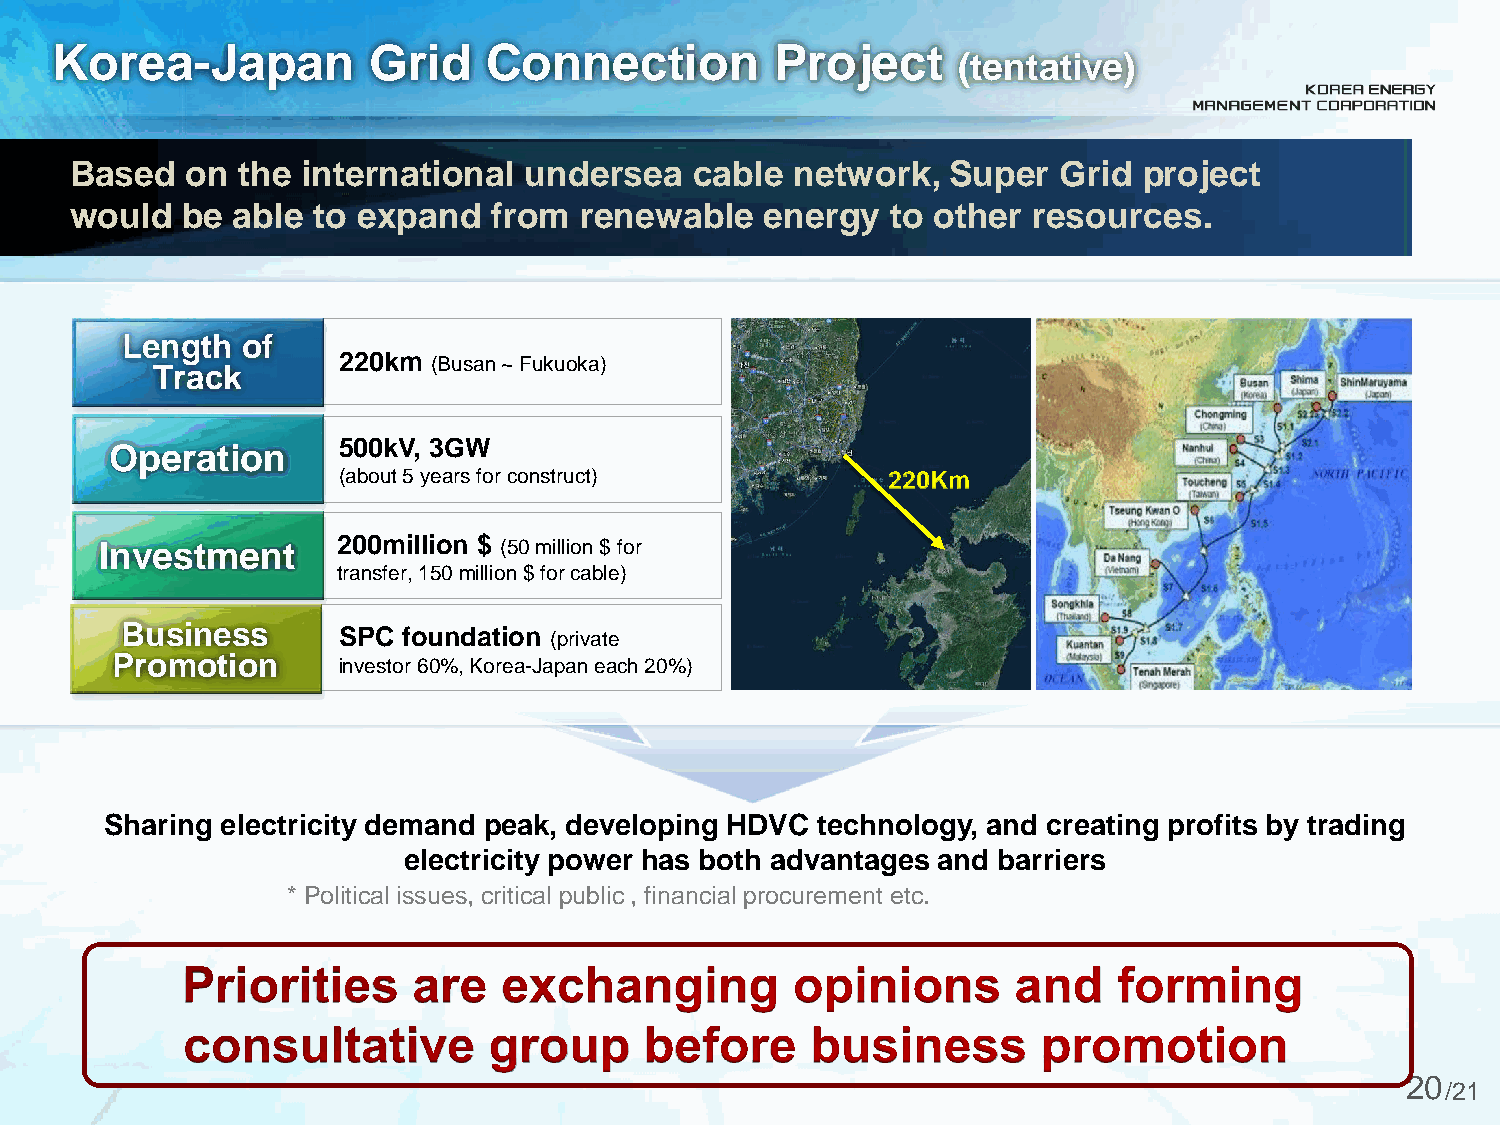
Korea-Japan          Grid    Connection         Project
 (tentative)
 Based  on  the international  undersea   cable  network,  Super  Grid  project
 would  be able  to expand   from renewable    energy  to other resources.
 Length  of
 220km  (Busan ~ Fukuoka)
 Track
 500kV, 3GW
 Operation
 (about 5 years for construct)        220Km
 Investment     200million $ (50 million $ for
 transfer, 150 million $ for cable)
 Business      SPC  foundation (private
 Promotion      investor 60%, Korea-Japan each 20%)
 Sharing electricity demand peak, developing HDVC technology, and creating profits by trading
 electricity power has both advantages and barriers
 * Political issues, critical public , financial procurement etc.
 20
 /21